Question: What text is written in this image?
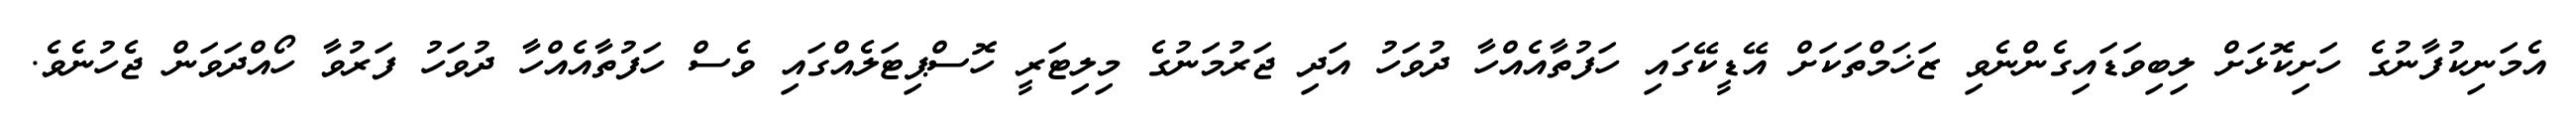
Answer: އެމަނިކުފާނުގެ ހަށިކޮޅަށް ލިބިވަޑައިގެންނެވި ޒަޚަމްތަކަށް އޭޑީކޭގައި ހަފުތާއެއްހާ ދުވަހު އަދި ޖަރުމަނުގެ މިލިޓަރީ ހޮސްޕިޓަލެއްގައި ވެސް ހަފުތާއެއްހާ ދުވަހު ފަރުވާ ހޯއްދަވަން ޖެހުނެވެ.